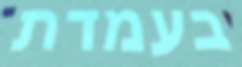
בעמדת